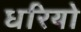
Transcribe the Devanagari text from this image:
धरियो